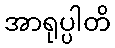
အာရုပ္ပါတိ